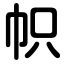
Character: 帜